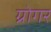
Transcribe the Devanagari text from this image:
ग्रोगर